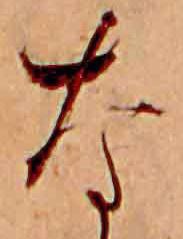
な